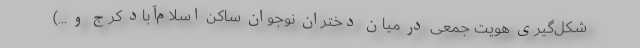
شکل‌گیری هویت جمعی در میان دختران نوجوان ساکن اسلام‌آباد کرج و ...)